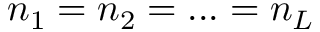
n _ { 1 } = n _ { 2 } = . . . = n _ { L }